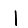
Digit: 1